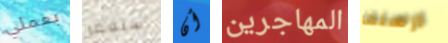
بعملي أستغفر أن المهاجرين ارسلها